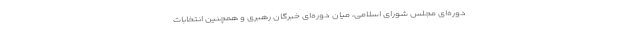
دوره‌ای مجلس شورای اسلامی، میان دوره‌ای خبرگان رهبری و همچنین انتخابات